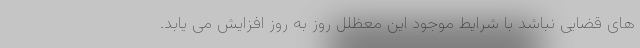
های قضایی نباشد با شرایط موجود این معظلل روز به روز افزایش می یابد.